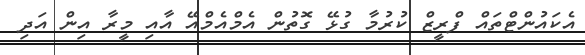
އެކައުންޓްތައް ފްރީޒް ކުރުމާ ގުޅޭ ގޮތުން އެމްއެމްއޭ އާއި މީރާ އިން އަދި